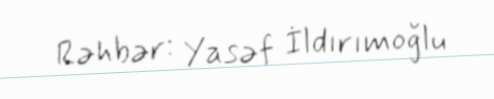
Rəhbər: Yasəf İldırımoğlu